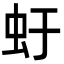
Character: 虶